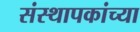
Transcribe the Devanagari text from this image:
संस्थापकांच्या